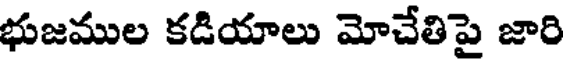
భుజముల కడియాలు మోచేతిపై జారి